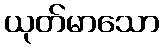
ယုတ်မာသော